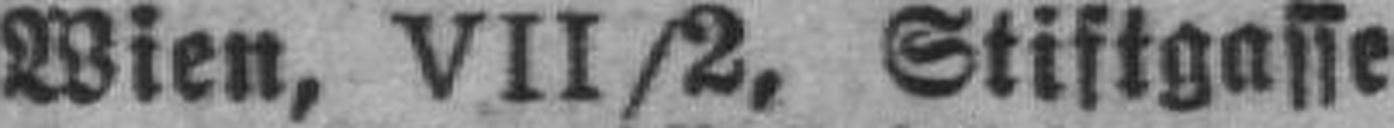
Wien, VII/2, Stiftgasse